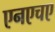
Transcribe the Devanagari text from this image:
एनएचए